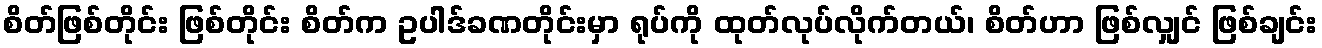
စိတ်ဖြစ်တိုင်း ဖြစ်တိုင်း စိတ်က ဥပါဒ်ခဏတိုင်းမှာ ရုပ်ကို ထုတ်လုပ်လိုက်တယ်၊ စိတ်ဟာ ဖြစ်လျှင် ဖြစ်ချင်း